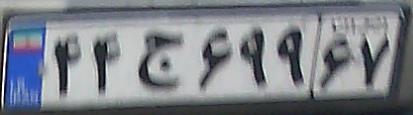
۴۴ج۶۹۹۶۷